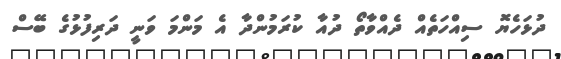
ދުޅަހެޔޮ ސިއްހަތެއް ދެއްވާތޯ ދުއާ ކުރަމުންދާ އެ މަންމަ ވަނީ ދަރިފުޅުގެ ބޭސް